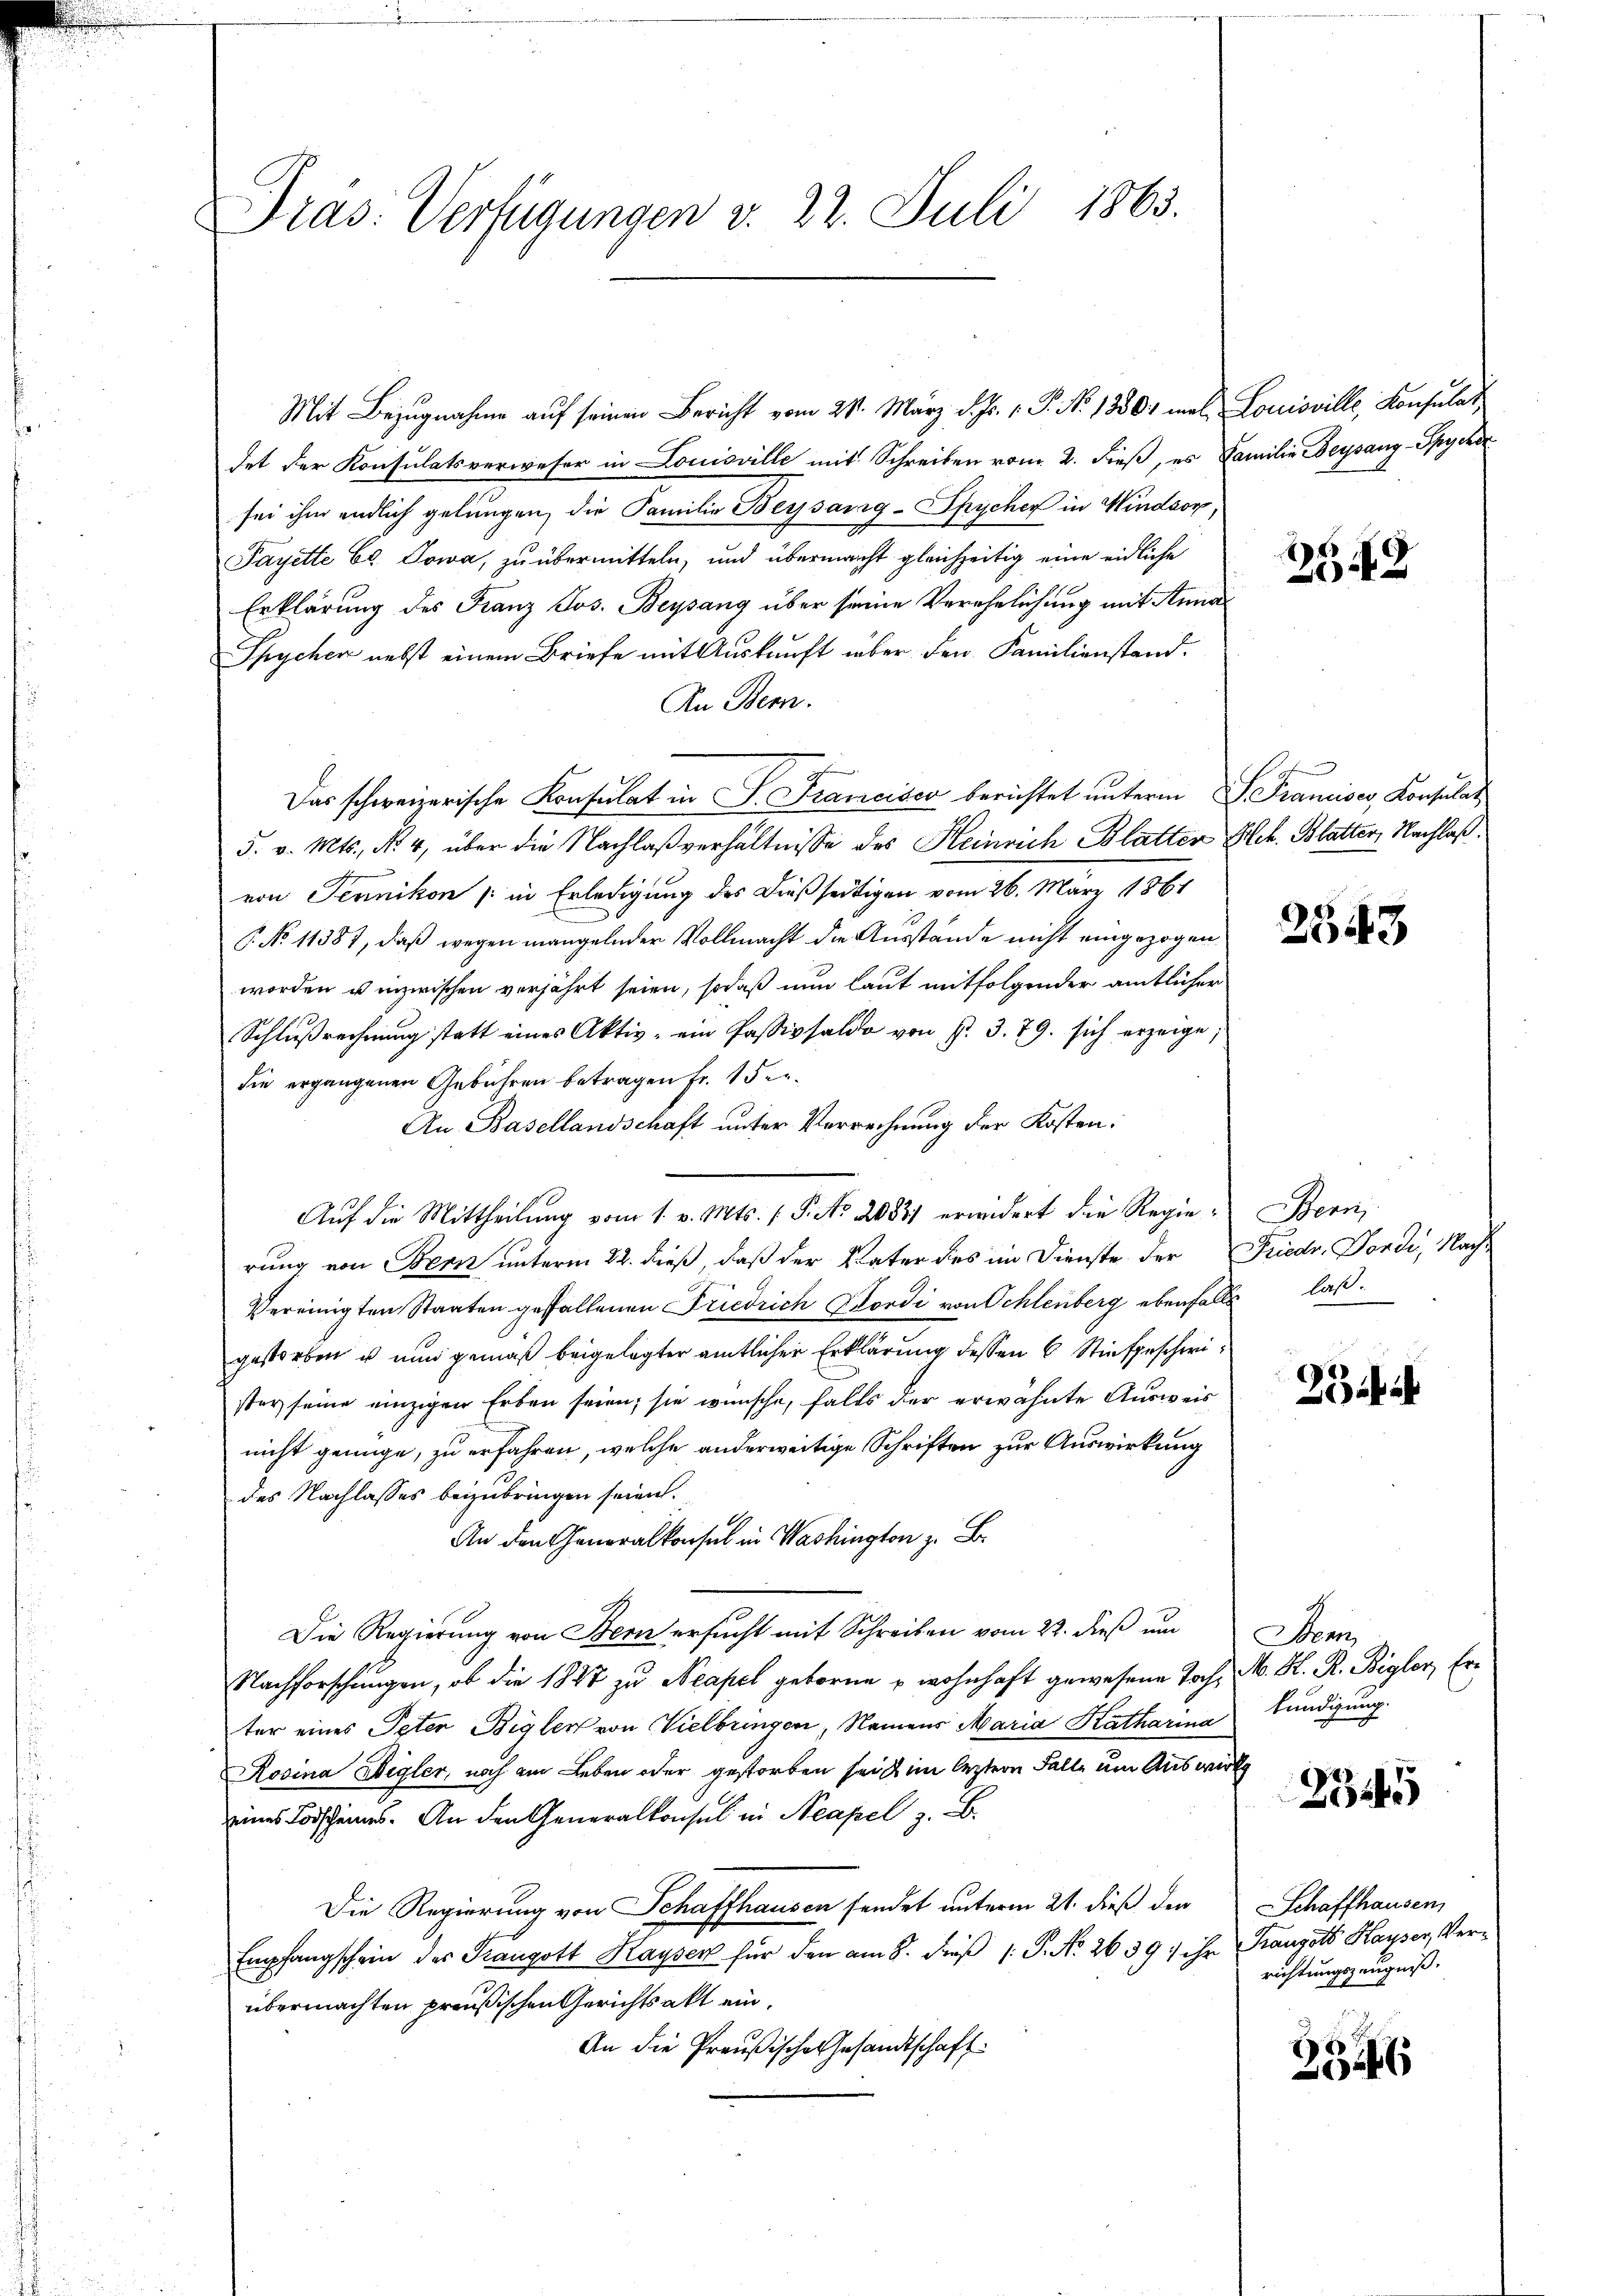
Pras: Verfügungen v. 22. Juli 1863.

Mit Bezugnahme auf seinen Bericht vom 24. März d. Js. v. P. No 13501 mal Louisville, Konsulat
det der Konsulatsverweser in Louisville mit Schreiben vom 2. dieß, es Familie Beysang-Spycher
sei ihm endlich gelungen, die Familie Beysang-Spycher in Windsor
Payette Ed. Sowa, zu übermitteln, und übermacht gleichzeitig eine eidliche
Erklärung des Franz Jos. Beysang über seine Verehelichung mit Anna¬
Spycher nebst einem Briefe mit Auskunft über den Familienstand.
An Bern.
Das schweizerische Konsulat in P. Franciser berichtet unterm S. Franciser, Konsulat
5. v. Mts., Nr. 4, über die Nachlaßverhältnisse des Heinrich Blatter Bek. Blatter, Nachlaß.
von Ternikon (in Erledigung des Dießseitigen vom 26. März 1861
C. No 11387, daß wegen mangelnder Vollmacht die Ausstände nicht eingezogen
worden u inzwischen verjährt seien, sodaß nun laut mitfolgender amtlicher
Schlußrechnung statt eines Aktiv, ein Passivsaldo von P. 3. 79. sich erzeige,
die ergangenen Gebühren betragen Fr. 15 er¬
Au Basellandschaft unter Verrechnung der Kosten:
Auf die Mittheilung vom 1. v. Mts. (T. No. 20831 erwidert die Regie-Bern,
rung von Bern unterm 22. dieß, daß der Vater des im Dienste der Friedr. Dordi, Nach¬
Vereinigten Staaten gefallenen Friedrich Bordi von Schlenberg ebenfalls laß
gestorben u nun gemäß beigelegter amtlicher Erklärung dessen 6 Stiefgeschwister seine einzigen Erben seien; sie wünsche, falls der erwähnte Ausweis
nicht genüge, zu erfahren, welche anderweitige Schriften zur Auswirkung
des Nachlasses beizubringen seien.
An den Generalkonsul in Washington z. B.
Die Regierung von Bern ersucht mit Schreiben vom 22. dieß um
Nachforschungen, ob die 1847 zu Neapel geborne u wohnhaft gewesene Toch. A. H. R. Bigler, Erter eines Peter Bigler von Vielbringen, Namens Maria Katharina
Rosina Wegler, noch am Leben oder gestorben seit im leztern Falle um Auswirk
eines Forschens. An den Generalkonsul in Neapel z. B.
Die Regierung von Schaffhausen sendet unterm 21. dieß den Schaffhausen,
Empfangschein des Prangott Kayser für den am 8. dieß P. No 2639; ihr Franzots Kayser, Verübermachten preußischen Gerichtsakt ein¬
An die Preußische Gesandtschaft:

2648

2543

25

Bem
kündigung.

2345

richtungszeugniß.

3346